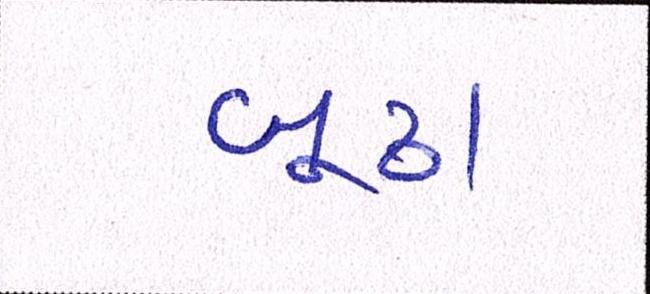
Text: બૂઢા